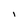
Character: I